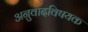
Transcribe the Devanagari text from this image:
अनुवादविषयक